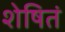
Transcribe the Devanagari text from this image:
शेषितं